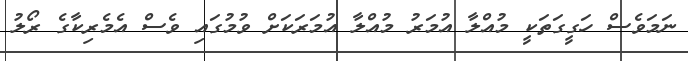
ނަމަވެސް ހަގީގަތަކީ މުއްލާ އުމަރު މުއްލާ އުމަރަކަށް ވުމުގައި ވެސް އެމެރިކާގެ ރޯލު